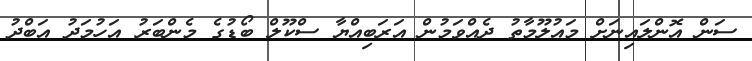
ސަން އޮންލައިނަށް މައުލޫމާތު ދެއްވަމުން އަރަބިއްޔާ ސްކޫލް ބޯޑުގެ މެންބަރު އަހުމަދު އަބްދު